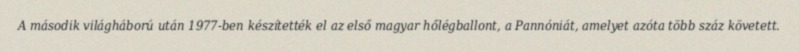
A második világháború után 1977-ben készítették el az első magyar hőlégballont, a Pannóniát, amelyet azóta több száz követett.